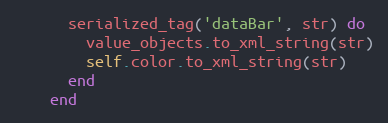
Language: Ruby
      serialized_tag('dataBar', str) do
        value_objects.to_xml_string(str)
        self.color.to_xml_string(str)
      end
    end